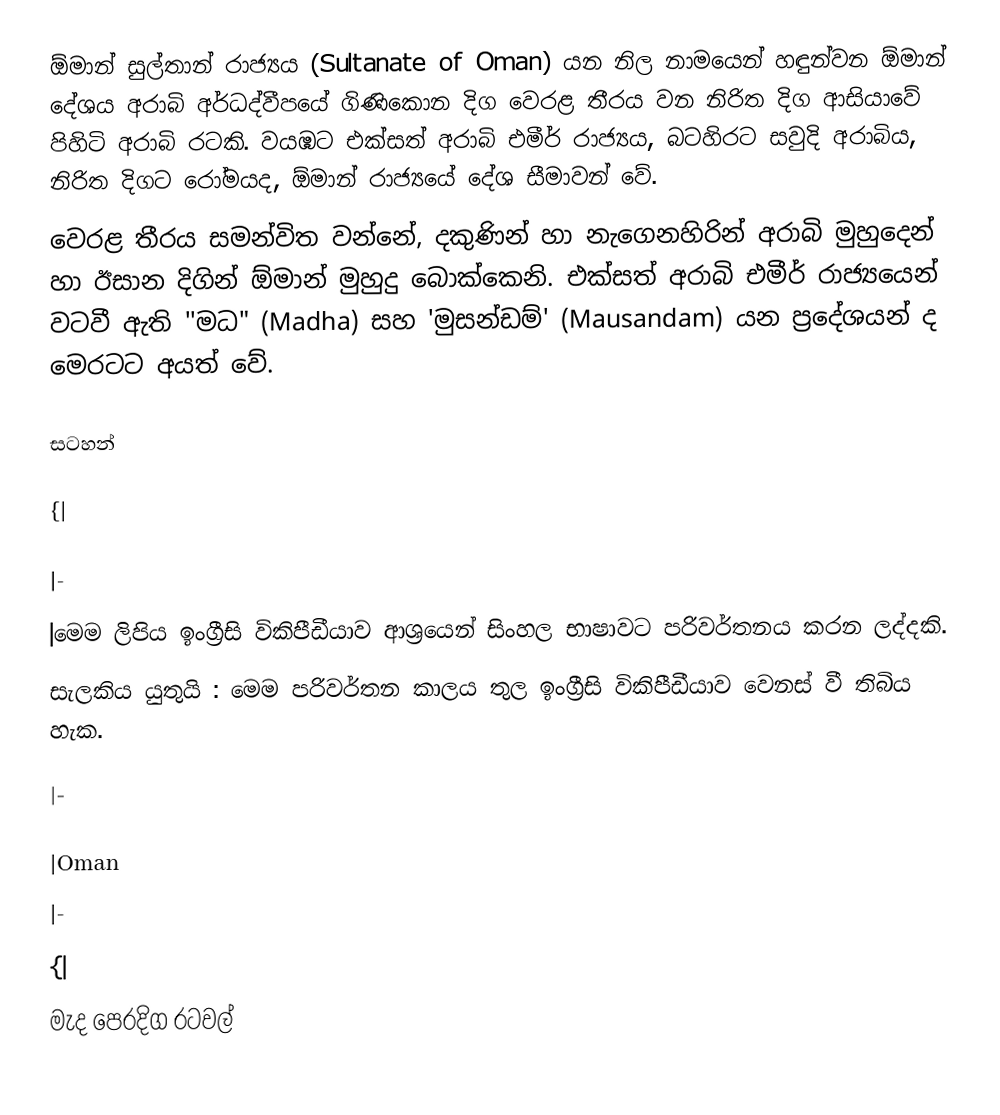
ඕමාන් සුල්තාන් රාජ්‍යය (Sultanate of Oman) යන නිල නාමයෙන් හඳුන්වන ඕමාන් දේශය අරාබි අර්ධද්වීපයේ  ගිණිකොන දිග වෙරළ තීරය වන නිරිත දිග ආසියාවේ පිහිටි අරාබි රටකි. වයඹට එක්සත් අරාබි එමීර් රාජ්‍යය, බටහිරට සවුදි අරාබිය, නිරිත දිගට රෝමයද, ඕමාන් රාජ්‍යයේ දේශ සීමාවන් වේ.
වෙරළ තීරය සමන්විත වන්නේ, දකුණින් හා නැගෙනහිරින් අරාබි මුහුදෙන් හා ඊසාන දිගින් ඕමාන් මුහුදු බොක්කෙනි. එක්සත් අරාබි එමීර් රාජ්‍යයෙන් වටවී ඇති ''මධ" (Madha) සහ 'මුසන්ඩම්' (Mausandam) යන ප්‍රදේශයන් ද මෙරටට අයත් වේ.

සටහන්

{|

|-
|මෙම ලිපිය ඉංග්‍රීසි විකිපීඩීයාව ආශ්‍රයෙන් සිංහල භාෂාවට පරිවර්තනය කරන ලද්දකි.
සැලකිය යුතුයි : මෙම පරිවර්තන කාලය තුල ඉංග්‍රීසි විකිපීඩීයාව වෙනස් වී තිබිය හැක.

|-

|Oman
|-
{|
මැද පෙරදිග රටවල්